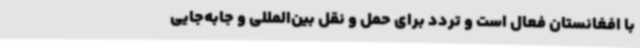
با افغانستان فعال است و تردد برای حمل و نقل بین‌المللی و جابه‌جایی